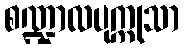
စဏ္ဍာလပုက္ကုသာ